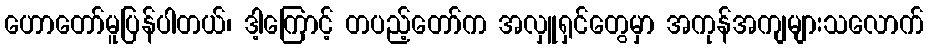
ဟောတော်မူပြန်ပါတယ်၊ ဒါ့ကြောင့် တပည့်တော်က အလှူရှင်တွေမှာ အကုန်အကျများသလောက်